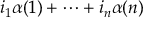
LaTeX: i _ { 1 } \alpha ( 1 ) + \cdots + i _ { n } \alpha ( n )